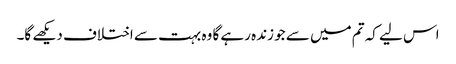
اس لیے کہ تم میں سے جو زندہ رہے گا وہ بہت سے اختلاف دیکھے گا۔